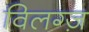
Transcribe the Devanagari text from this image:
विलग्ज़